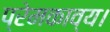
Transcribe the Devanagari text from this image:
प्रेमकाव्य।